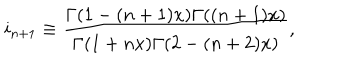
i _ { n + 1 } \equiv \frac { \Gamma ( 1 - ( n + 1 ) x ) \Gamma ( ( n + 1 ) x ) } { \Gamma ( 1 + n x ) \Gamma ( 2 - ( n + 2 ) x ) } ,